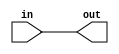
module clip
  #(parameter bits_in=0,
    parameter bits_out=0)
    (input [bits_in-1:0] in,
     output [bits_out-1:0] out);
   
   wire 		   overflow = |in[bits_in-1:bits_out-1] & ~(&in[bits_in-1:bits_out-1]);   
   assign 		   out = overflow ? 
			   (in[bits_in-1] ? {1'b1,{(bits_out-1){1'b0}}} : {1'b0,{(bits_out-1){1'b1}}}) :
			   in[bits_out-1:0];
   
endmodule